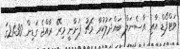
ވަޓްފޯޑް އާއި އާސެނަލް ބައްދަލުކުރާ މެޗު ފަށާނީ މިރޭ ރާއްޖެ ގަޑިން 21:30ގަ